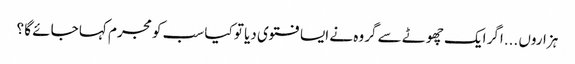
ہزاروں ...اگر ایک چھوٹے سے گروہ نے ایسا فتوی دیا تو کیا سب کو مجرم کہا جائے گا ؟